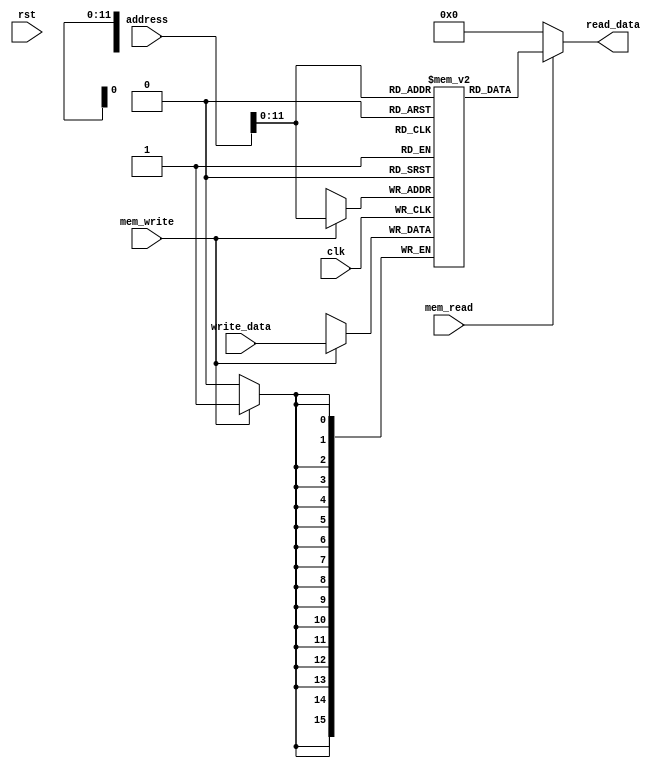

module memory(clk, rst, mem_read, mem_write, address, write_data,
					read_data);
	input wire clk, rst;
	input wire mem_read, mem_write;
	input wire[12:0] address;
	input wire[15:0] write_data;
	output wire[15:0] read_data;


    	reg[15:0] memory[0:4095];

	initial begin
		memory[500] = 16'd2;
		memory[501] = 16'd2;
		memory[502] = 16'd2;
		memory[503] = 16'd2;
		memory[504] = 16'd2;
		memory[505] = 16'd2;
		memory[506] = 16'd3;
		memory[507] = 16'd2;
		memory[508] = 16'd2;
		memory[509] = 16'd2;

		memory[0] = {3'b100, 13'd500};
		memory[1] = {3'b000, 13'd501};
		memory[2] = {3'b000, 13'd502};
		memory[3] = {3'b000, 13'd503};
		memory[4] = {3'b000, 13'd504};
		memory[5] = {3'b000, 13'd505};
		memory[6] = {3'b000, 13'd506};
		memory[7] = {3'b000, 13'd507};
		memory[8] = {3'b000, 13'd508};
		memory[9] = {3'b000, 13'd509};
		memory[10] = {3'b101, 13'd800};
	end


	always @(posedge clk) begin
		if (mem_write) begin
			memory[address] = write_data;
		end
	end




	assign read_data = mem_read ? memory[address] : 32'b00000000000000000000000000000000;

endmodule // memory